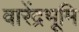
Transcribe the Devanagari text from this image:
वारेंद्रभूमि